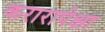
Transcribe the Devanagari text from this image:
करारापेक्षा